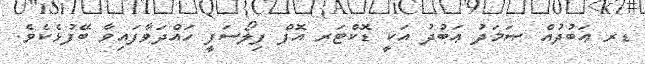
ޑރ ޢަބުދުއް ޞަމަދު ޢަބުދު އަކީ ޑޮކްޓަރ އޮފް ފިލޯސަފީ ހައްދަވާފައިވާ ބޭފުޅެކެވެ.